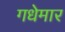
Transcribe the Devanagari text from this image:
गधेमार